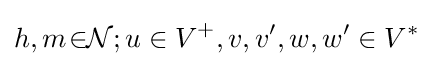
h,m\!\in \!\!{\mathcal {N}};u\in V^{+},v,v',w,w'\in V^{*}